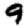
Digit: 9